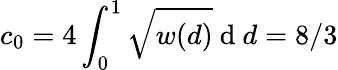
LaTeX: c_{0}=4\int_{0}^{1}{\sqrt{w(d)}\mathrm{~d~}d}=8/3